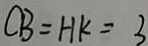
C B = H K = 3